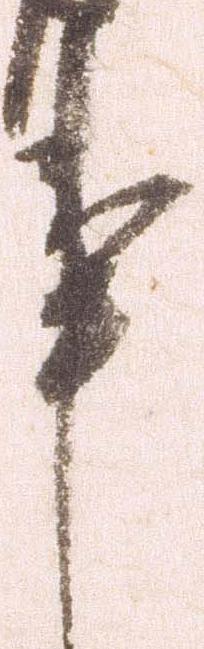
事